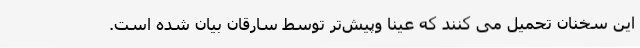
این سخنان تحمیل می کنند که عینا وپیش‌تر توسط سارقان بیان شده است.